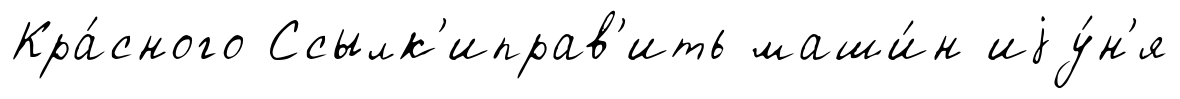
Кра́сного Ссылк'иправ'ить маши́н иjу́н'я